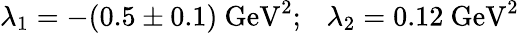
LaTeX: \lambda_{1}=-(0.5\pm 0.1)~\mathrm{GeV}^{2};~~~\lambda_{2}=0.12~\mathrm{GeV}^{2}